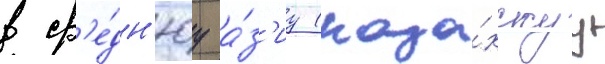
в ср'е́дн'юу а́з'иу (каза́хскуу